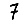
Digit: 7